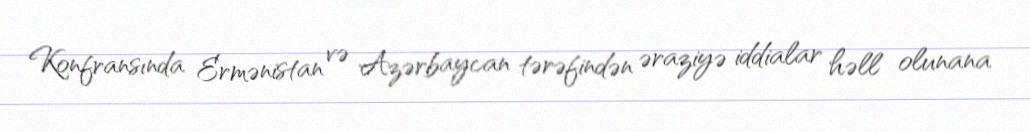
Konfransında Ermənistan və Azərbaycan tərəfindən əraziyə iddialar həll olunana